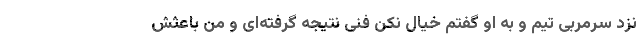
نزد سرمربی تیم و به او گفتم خیال نکن فنی نتیجه گرفته‌ای و من باعثش